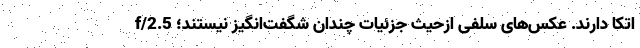
f/2.5 اتکا دارند. عکس‌های سلفی ازحیث جزئیات چندان شگفت‌انگیز نیستند؛